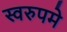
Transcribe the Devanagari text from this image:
स्वरुपमे